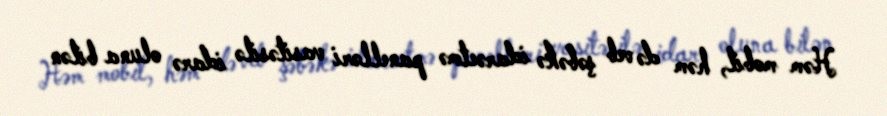
Həm mobil, həm də veb şəbəkə idarəetmə panelləri vasitəsilə idarə oluna bilən